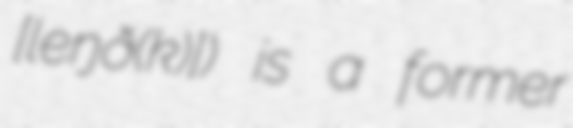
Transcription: [ˌleŋɡɔˈðɔ(k)]) is a former